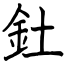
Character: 釷